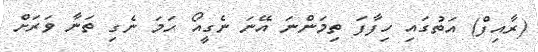
(ރާއިފް) އަތުގައި ހިފާފަ ތިމަންނަ އޭނަ ނެގީއޯ ހަމަ ނެގި ތަނާ ވަރަށް